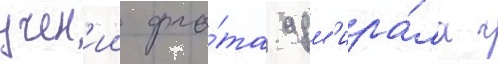
учен'ии фло́та адм'ира́ла г